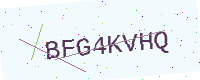
Text: BFG4KVHQ